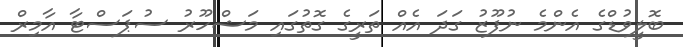
ބޮލީވުޑްގެ އެންމެ ނުފޫޒު ގަދަ އެއް ތަރީގެ ގޮތުގައި މަޝްހޫރު ސުޕަސްޓާ އާމިރް